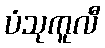
ပံသုကူလီ